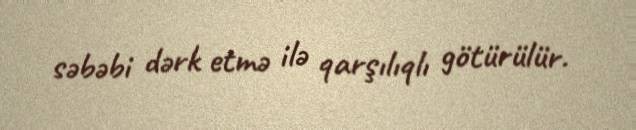
səbəbi dərk etmə ilə qarşılıqlı götürülür.